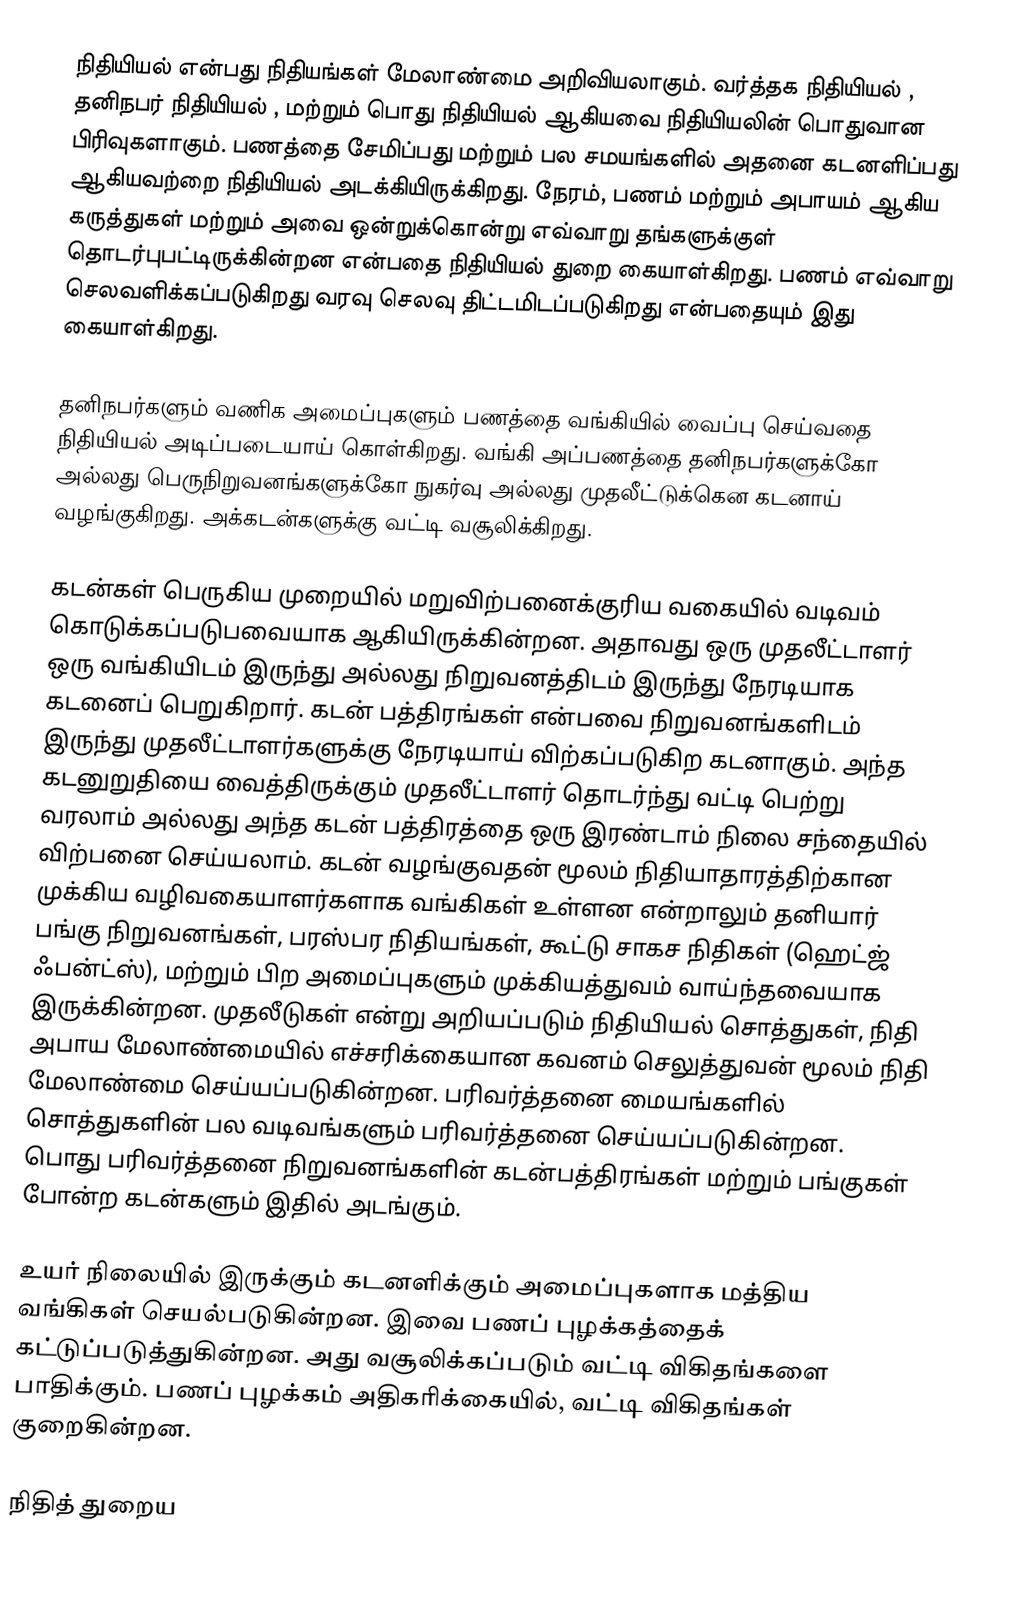
நிதியியல்  என்பது நிதியங்கள் மேலாண்மை அறிவியலாகும்.  வர்த்தக நிதியியல்  , தனிநபர் நிதியியல்  , மற்றும் பொது நிதியியல்   ஆகியவை நிதியியலின் பொதுவான பிரிவுகளாகும்.  பணத்தை சேமிப்பது மற்றும் பல சமயங்களில் அதனை கடனளிப்பது ஆகியவற்றை நிதியியல் அடக்கியிருக்கிறது.  நேரம், பணம் மற்றும் அபாயம் ஆகிய கருத்துகள் மற்றும் அவை ஒன்றுக்கொன்று எவ்வாறு தங்களுக்குள் தொடர்புபட்டிருக்கின்றன என்பதை நிதியியல் துறை கையாள்கிறது.  பணம் எவ்வாறு செலவளிக்கப்படுகிறது வரவு செலவு திட்டமிடப்படுகிறது என்பதையும் இது கையாள்கிறது.

தனிநபர்களும் வணிக அமைப்புகளும் பணத்தை வங்கியில் வைப்பு செய்வதை நிதியியல் அடிப்படையாய் கொள்கிறது.  வங்கி அப்பணத்தை தனிநபர்களுக்கோ அல்லது பெருநிறுவனங்களுக்கோ நுகர்வு அல்லது முதலீட்டுக்கென கடனாய் வழங்குகிறது. அக்கடன்களுக்கு வட்டி வசூலிக்கிறது.

கடன்கள் பெருகிய முறையில் மறுவிற்பனைக்குரிய வகையில் வடிவம் கொடுக்கப்படுபவையாக ஆகியிருக்கின்றன. அதாவது ஒரு முதலீட்டாளர் ஒரு வங்கியிடம் இருந்து அல்லது நிறுவனத்திடம் இருந்து நேரடியாக கடனைப் பெறுகிறார்.  கடன் பத்திரங்கள் என்பவை நிறுவனங்களிடம் இருந்து முதலீட்டாளர்களுக்கு நேரடியாய் விற்கப்படுகிற கடனாகும். அந்த கடனுறுதியை வைத்திருக்கும் முதலீட்டாளர் தொடர்ந்து வட்டி பெற்று வரலாம் அல்லது அந்த கடன் பத்திரத்தை ஒரு இரண்டாம் நிலை சந்தையில் விற்பனை செய்யலாம்.  கடன் வழங்குவதன் மூலம் நிதியாதாரத்திற்கான முக்கிய வழிவகையாளர்களாக வங்கிகள் உள்ளன என்றாலும் தனியார் பங்கு நிறுவனங்கள், பரஸ்பர நிதியங்கள், கூட்டு சாகச நிதிகள் (ஹெட்ஜ் ஃபன்ட்ஸ்), மற்றும் பிற அமைப்புகளும் முக்கியத்துவம் வாய்ந்தவையாக இருக்கின்றன.  முதலீடுகள் என்று அறியப்படும் நிதியியல் சொத்துகள், நிதி அபாய மேலாண்மையில் எச்சரிக்கையான கவனம் செலுத்துவன் மூலம் நிதி மேலாண்மை செய்யப்படுகின்றன.  பரிவர்த்தனை மையங்களில் சொத்துகளின் பல வடிவங்களும் பரிவர்த்தனை செய்யப்படுகின்றன. பொது பரிவர்த்தனை நிறுவனங்களின் கடன்பத்திரங்கள் மற்றும் பங்குகள் போன்ற கடன்களும் இதில் அடங்கும்.

உயர் நிலையில் இருக்கும் கடனளிக்கும் அமைப்புகளாக மத்திய வங்கிகள் செயல்படுகின்றன. இவை பணப் புழக்கத்தைக் கட்டுப்படுத்துகின்றன. அது வசூலிக்கப்படும் வட்டி விகிதங்களை பாதிக்கும்.  பணப் புழக்கம் அதிகரிக்கையில், வட்டி விகிதங்கள் குறைகின்றன.

நிதித் துறைய